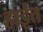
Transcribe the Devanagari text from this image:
हाईत्त